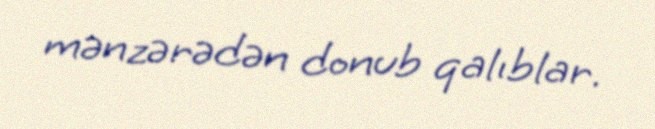
mənzərədən donub qalıblar.